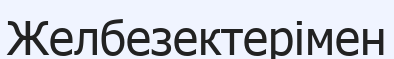
Желбезектерімен